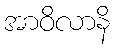
အာဝိလာနိ